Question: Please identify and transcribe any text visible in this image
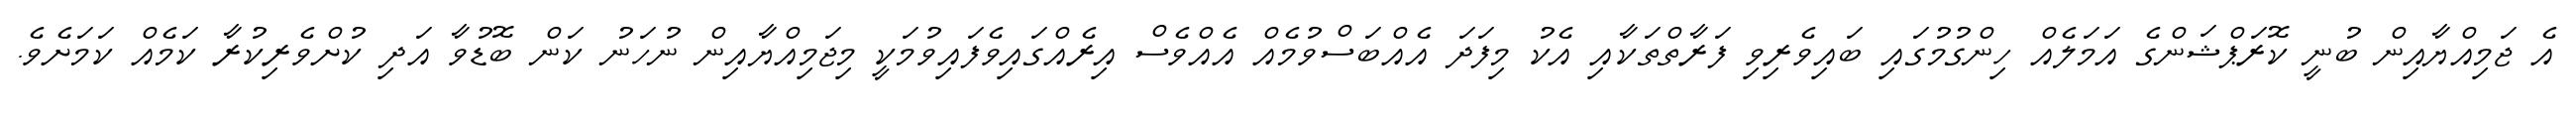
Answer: އެ ޖަމިއްޔާއިން ބުނީ ކޮރަޕްޝަންގެ އަމަލެއް ހިންގުމުގައި ބައިވެރިވި ފަރާތްތަކާއި އެކު މިފަދަ އެއްބަސްވުމެއް އެއްވެސް އިރެއްގައިވެފައިވުމަކީ މިޖަމިއްޔާއިން ނުހަނު ކަން ބޮޑުވާ އަދި ކުށްވެރިކުރާ ކަމެއް ކަމަށެވެ.